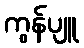
ကွန်ပျူ